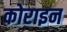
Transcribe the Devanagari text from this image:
कोराइन